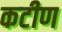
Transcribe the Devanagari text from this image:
कटीण